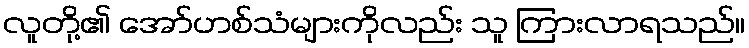
လူတို့၏ အော်ဟစ်သံများကိုလည်း သူ ကြားလာရသည်။